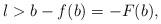
LaTeX: \begin{align*}l>b-f(b)=-F(b),\end{align*}